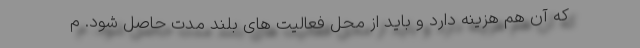
که آن هم هزینه دارد و باید از محل فعالیت های بلند مدت حاصل شود. م